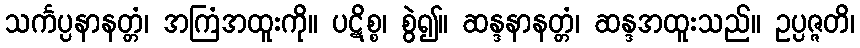
သင်္ကပ္ပနာနတ္တံ၊ အကြံအထူးကို။ ပဋိစ္စ၊ စွဲ၍။ ဆန္ဒနာနတ္တံ၊ ဆန္ဒအထူးသည်။ ဥပ္ပဇ္ဇတိ၊